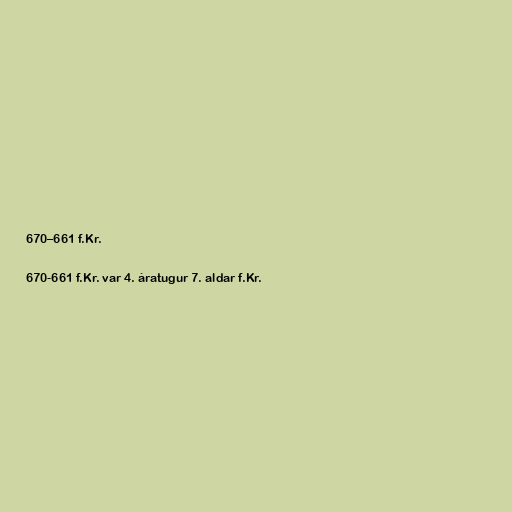
670–661 f.Kr.

670-661 f.Kr. var 4. áratugur 7. aldar f.Kr.